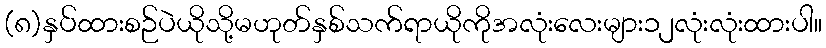
(၈)နှပ်ထားစဉ်ပဲယိုသို့မဟုတ်နှစ်သက်ရာယိုကိုအလုံးလေးများ၁၂လုံးလုံးထားပါ။